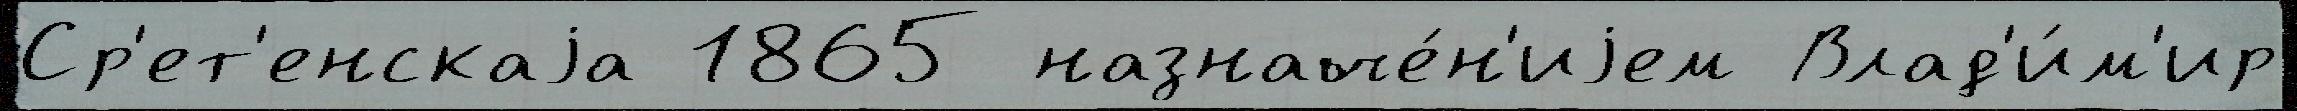
Ср'ет'енскаjа 1865 назначе́н'иjем Влад'и́м'ир